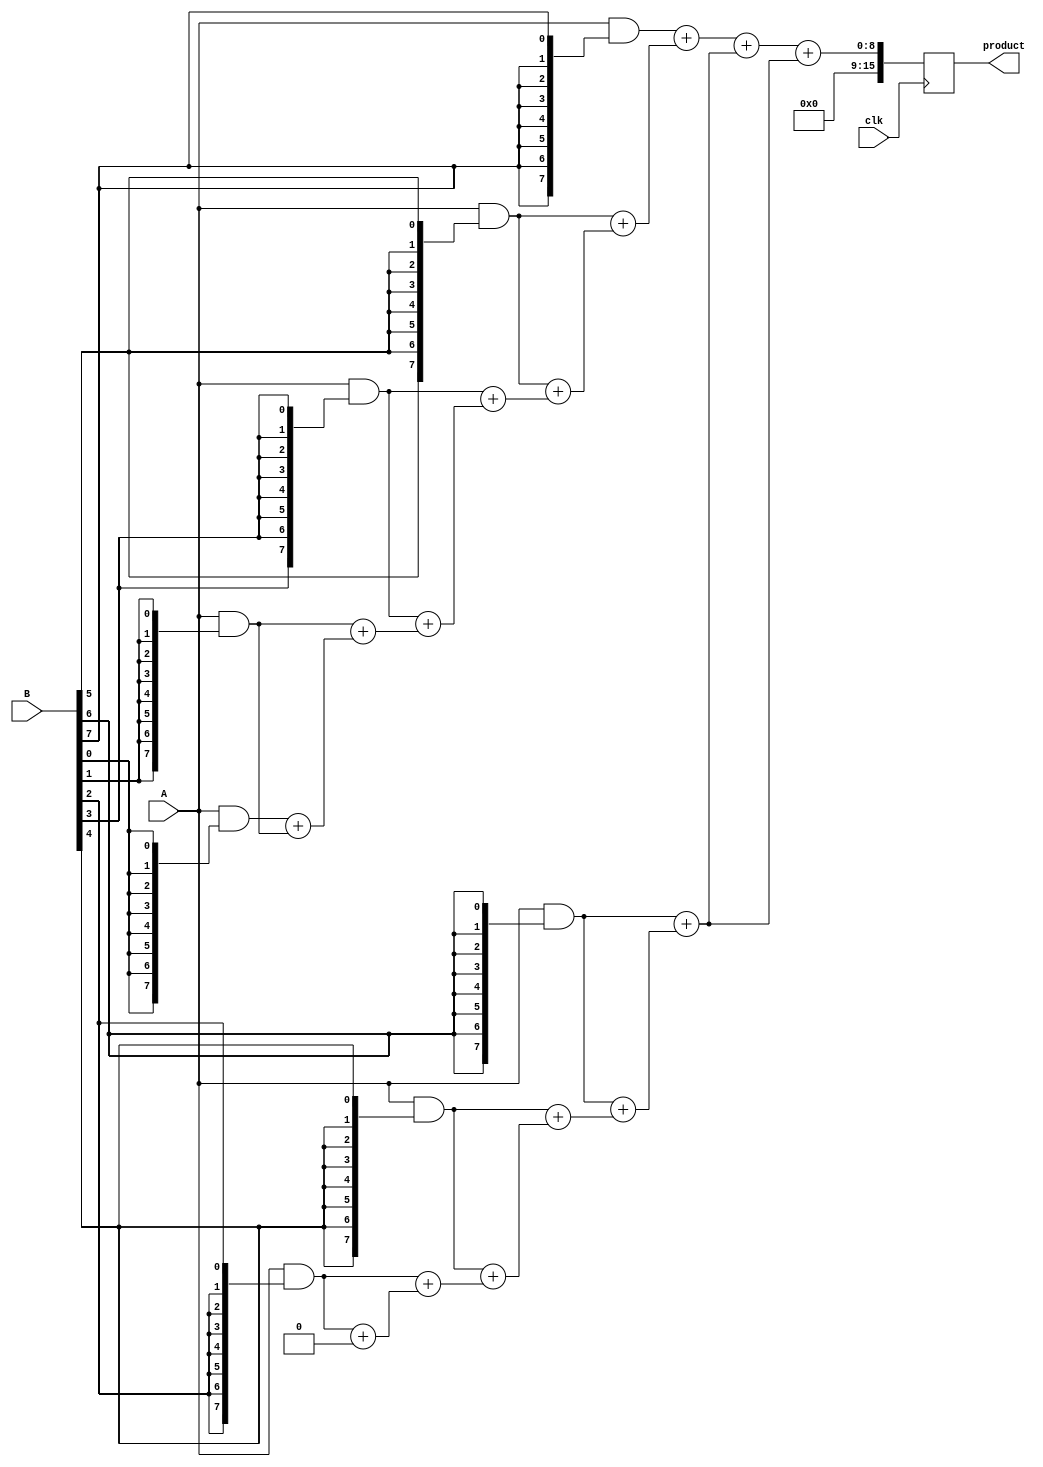
module WallaceTreeMultiplier #(parameter n = 8) (
    input clk,
    input [n-1:0] A, // Multiplicand
    input [n-1:0] B, // Multiplier
    output reg [2*n-1:0] product // Final product
);

    // Partial products
    wire [n-1:0] pp [0:n-1]; // Partial product array

    // Generate partial products
    genvar i;
    generate
        for (i = 0; i < n; i = i + 1) begin : pp_gen
            assign pp[i] = A & {n{B[i]}}; // ANDing each bit of B with A
        end
    endgenerate

    // Carry-Save Adder (CSA) tree
    wire [n-1:0] sum [0:n-1]; // Sums from CSA
    wire [n-1:0] carry [0:n-1]; // Carries from CSA

    // Initial stage of CSA
    generate
        for (i = 0; i < n-1; i = i + 1) begin : csa_stage1
            if (i == 0) begin
                assign sum[i] = pp[i] + pp[i+1]; // First two partial products
                assign carry[i] = 0; // No carry for the first addition
            end else begin
                assign sum[i] = pp[i+1] + carry[i-1]; // Add next partial product
                assign carry[i] = pp[i] + sum[i-1]; // Carry from previous stage
            end
        end
    endgenerate

    // Final stage of CSA
    wire [n-1:0] final_sum;
    wire [n-1:0] final_carry;

    assign final_sum = sum[n-2] + carry[n-2]; // Last sum
    assign final_carry = carry[n-2]; // Last carry

    // Final addition to get the product
    always @(posedge clk) begin
        product <= final_sum + final_carry; // Final product calculation
    end

endmodule